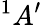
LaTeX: ^{1}A^{\prime}